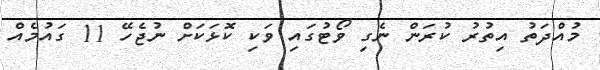
މުއްދަތު އިތުރު ކުރަން ނެގި ވޯޓުގައި ވަކި ކޮޅަކަށް ނުޖެހޭ 11 ގައުމެއް